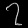
Digit: ၇